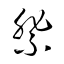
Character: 祭